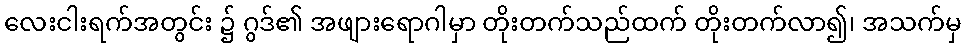
လေးငါးရက်အတွင်း ၌ ဂွဒ်၏ အဖျားရောဂါမှာ တိုးတက်သည်ထက် တိုးတက်လာ၍၊ အသက်မှ